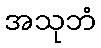
အသုဘံ